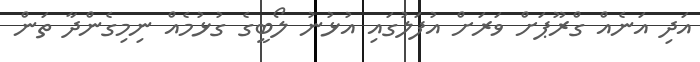
އަދި އަނެއް ގްރޫޕަށް ވަރަށް އުފަލުގައި އުޅުނު ލޯބީގެ ގުޅުމެއް ނިމިގެންދާ ތަން